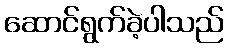
ဆောင်ရွက်ခဲ့ပါသည်